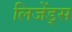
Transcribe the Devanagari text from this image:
लिजेंड्स